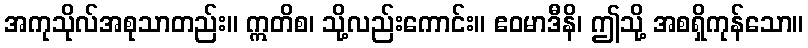
အကုသိုလ်အစုသာတည်း။ ဣတိစ၊ သို့လည်းကောင်း။ ဧဝမာဒီနိ၊ ဤသို့ အစရှိကုန်သော။